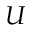
U